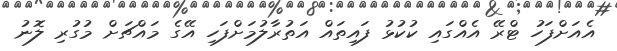
އެއަށްފަހު ޓްރޭ އެއްގައި ކުކުޅު ފައިތައް އަތުރާލުމަށްފަހި އޭގެ މައްޗަށް މުގުރި ލޮނު